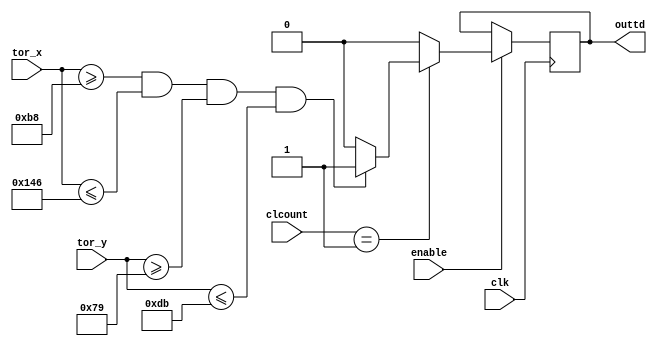
module TOUCH_DRAW2_3(
	input wire clk,
//	input wire reset,	
//	input wire switch,
	input wire [1:0]clcount,
	input wire enable,

	input wire [9:0]tor_x,
	input wire [8:0]tor_y,

	
	output reg outtd
	
	);
	
parameter[9:0] x1 = 11'd184;
parameter[9:0] x2 = 11'd326;
parameter[8:0] y1 = 11'd121;
parameter[8:0] y2 = 11'd219;


always @ (posedge clk)
	begin
		if (enable == 1)
		begin
			if (clcount == 1) 
			begin
				if ((tor_x[9:0]>=x1)&&(tor_x[9:0]<=x2)&&(tor_y[8:0]>=y1)&&(tor_y[8:0]<=y2))
						outtd = 1;
					else
						outtd = 0;
			end
				else
					outtd = 0;
		end
			else
			outtd = outtd;
	end	
endmodule